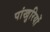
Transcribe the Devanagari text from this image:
पांखुरियों